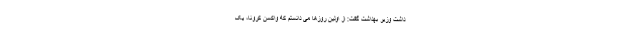
داشت وزیر بهداشت گفت: از اولین روزها می دانستم که واکسن کرونا، یک